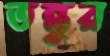
তন্তুর